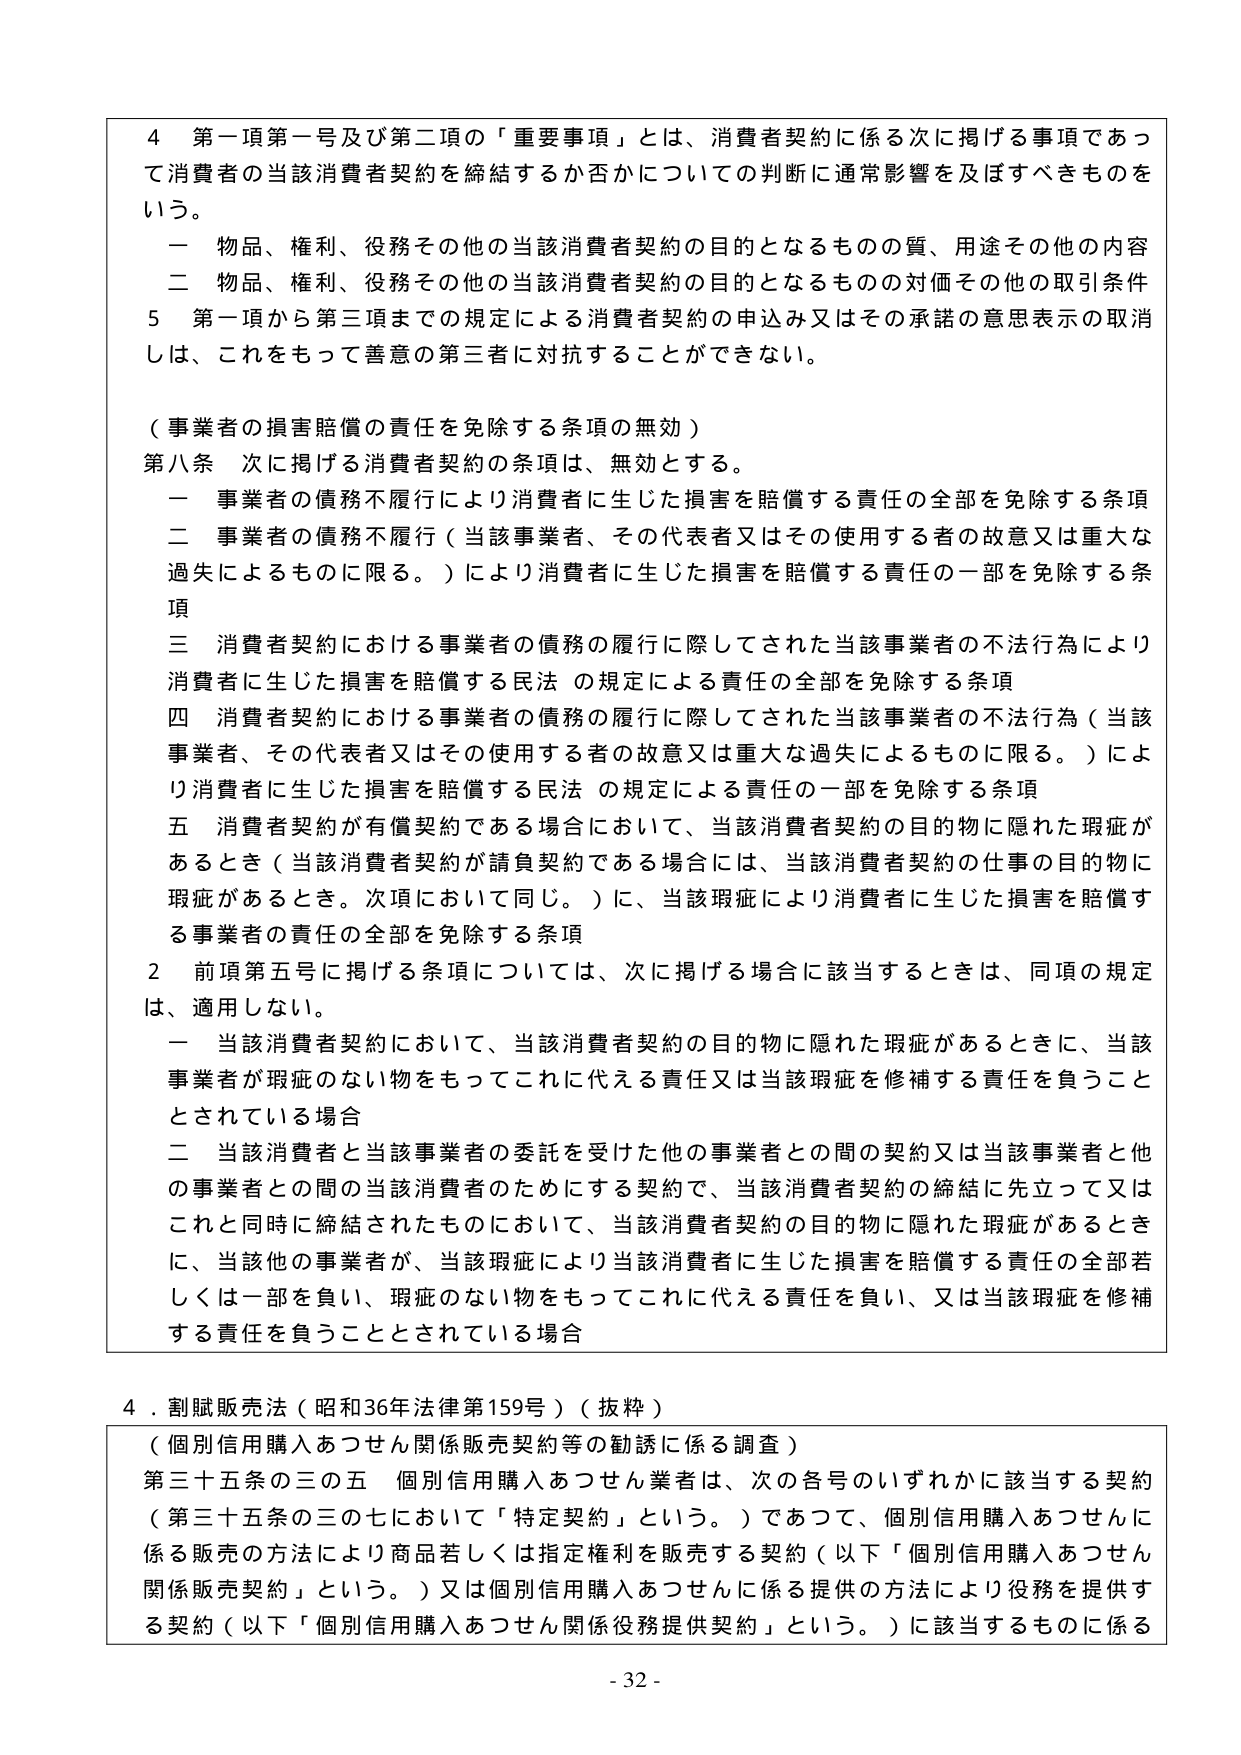
4 第一項第一号及び第二項の「重要事項」とは、消費者契約に係る次に掲げる事項であって消費者の当該消費者契約を締結するか否かについての判断に通常影響を及ぼすべきものをいう。
一 物品、権利、役務その他の当該消費者契約の目的となるものの質、用途その他の内容
二 物品、権利、役務その他の当該消費者契約の目的となるものの対価その他の取引条件
5 第一項から第三項までの規定による消費者契約の申込み又はその承諾の意思表示の取消しは、これをもって善意の第三者に対抗することができない。

（事業者の損害賠償の責任を免除する条項の無効）
第八条 次に掲げる消費者契約の条項は、無効とする。
一 事業者の債務不履行により消費者に生じた損害を賠償する責任の全部を免除する条項
二 事業者の債務不履行（当該事業者、その代表者又はその使用する者の故意又は重大な過失によるものに限る。）により消費者に生じた損害を賠償する責任の一部を免除する条項
三 消費者契約における事業者の債務の履行に際してされた当該事業者の不法行為により消費者に生じた損害を賠償する民法の規定による責任の全部を免除する条項
四 消費者契約における事業者の債務の履行に際してされた当該事業者の不法行為（当該事業者、その代表者又はその使用する者の故意又は重大な過失によるものに限る。）により消費者に生じた損害を賠償する民法の規定による責任の一部を免除する条項
五 消費者契約が有償契約である場合において、当該消費者契約の目的物に隠れた瑕疵があるとき（当該消費者契約が請負契約である場合には、当該消費者契約の仕事の目的物に瑕疵があるとき。次項において同じ。）に、当該瑕疵により消費者に生じた損害を賠償する事業者の責任の全部を免除する条項
2 前項第五号に掲げる条項については、次に掲げる場合に該当するときは、同項の規定は、適用しない。
一 当該消費者契約において、当該消費者契約の目的物に隠れた瑕疵があるときに、当該事業者が瑕疵のない物をもってこれに代える責任又は当該瑕疵を修補する責任を負うこととされている場合
二 当該消費者と当該事業者の委託を受けた他の事業者との間の契約又は当該事業者と他の事業者との間の当該消費者のためにする契約で、当該消費者契約の締結に先立って又はこれと同時に締結されたものにおいて、当該消費者契約の目的物に隠れた瑕疵があるときに、当該他の事業者が、当該瑕疵により当該消費者に生じた損害を賠償する責任の全部若しくは一部を負い、瑕疵のない物をもってこれに代える責任を負い、又は当該瑕疵を修補する責任を負うこととされている場合

4．割賦販売法（昭和36年法律第159号）（抜粋）
（個別信用購入あつせん関係販売契約等の勧誘に係る調査）
第三十五条の三の五 個別信用購入あつせん業者は、次の各号のいずれかに該当する契約（第三十五条の三の七において「特定契約」という。）であって、個別信用購入あつせんに係る販売の方法により商品若しくは指定権利を販売する契約（以下「個別信用購入あつせん関係販売契約」という。）又は個別信用購入あつせんに係る提供の方法により役務を提供する契約（以下「個別信用購入あつせん関係役務提供契約」という。）に該当するものに係る

- 32 -